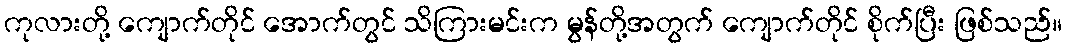
ကုလားတို့ ကျောက်တိုင် အောက်တွင် သိကြားမင်းက မွန်တို့အတွက် ကျောက်တိုင် စိုက်ပြီး ဖြစ်သည်။